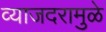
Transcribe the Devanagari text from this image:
व्याजदरामुळे